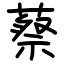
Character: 蔡